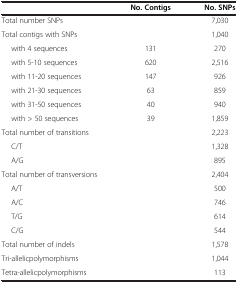
|  | No. Contigs | No. SNPs |
 | --- | --- | --- |
 | Total number SNPs |  | 7,030 |
 | Total contigs with SNPs |  | 1,040 |
 | with 4 sequences | 131 | 270 |
 | with 5-10 sequences | 620 | 2,516 |
 | with 11-20 sequences | 147 | 926 |
 | with 21-30 sequences | 63 | 859 |
 | with 31-50 sequences | 40 | 940 |
 | with > 50 sequences | 39 | 1,859 |
 | Total number of transitions |  | 2,223 |
 | C/T |  | 1,328 |
 | A/G |  | 895 |
 | Total number of transversions |  | 2,404 |
 | A/T |  | 500 |
 | A/C |  | 746 |
 | T/G |  | 614 |
 | C/G |  | 544 |
 | Total number of indels |  | 1,578 |
 | Tri-allelicpolymorphisms |  | 1,044 |
 | Tetra-allelicpolymorphisms |  | 113 |